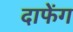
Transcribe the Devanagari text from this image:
दाफेंग